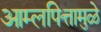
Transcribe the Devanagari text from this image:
आम्लपित्तामुळे